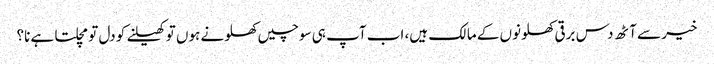
خیر سے آٹھ دس برقی کھلونوں کے مالک ہیں، اب آپ ہی سوچیں کھلونے ہوں تو کھیلنے کو دل تو مچلتا ہے نا؟